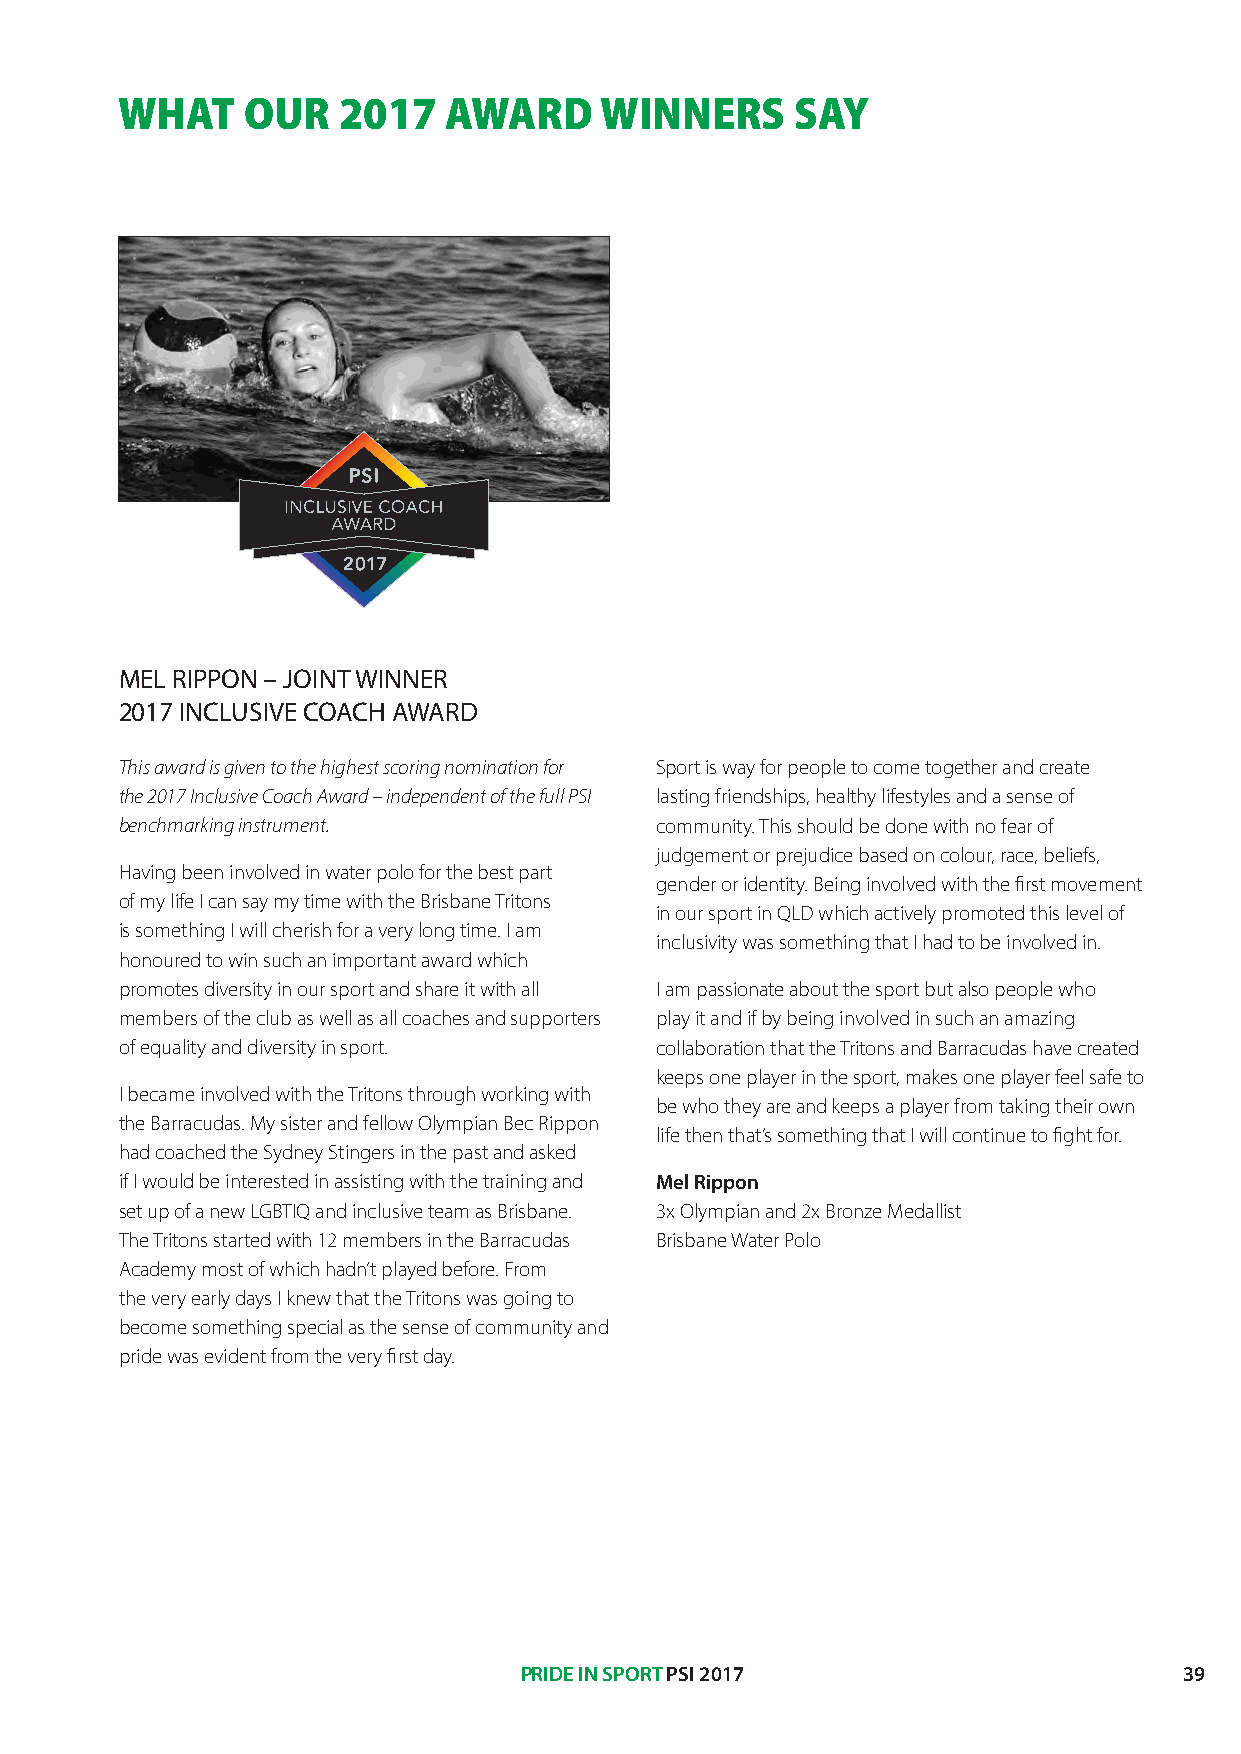
WHAT    OUR   2017   AWARD      WINNERS      SAY
 MEL RIPPON – JOINT WINNER
 2017 INCLUSIVE COACH AWARD
 This award is given to the highest scoring nomination for Sport is way for people to come together and create
 the 2017 Inclusive Coach Award – independent of the full PSI lasting friendships, healthy lifestyles and a sense of
 benchmarking instrument.           community. This should be done with no fear of
 judgement or prejudice based on colour, race, beliefs,
 Having been involved in water polo for the best part
 gender or identity. Being involved with the first movement
 of my life I can say my time with the Brisbane Tritons
 in our sport in QLD which actively promoted this level of
 is something I will cherish for a very long time. I am
 inclusivity was something that I had to be involved in.
 honoured to win such an important award which
 promotes diversity in our sport and share it with all I am passionate about the sport but also people who
 members of the club as well as all coaches and supporters play it and if by being involved in such an amazing
 of equality and diversity in sport. collaboration that the Tritons and Barracudas have created
 keeps one player in the sport, makes one player feel safe to
 I became involved with the Tritons through working with
 be who they are and keeps a player from taking their own
 the Barracudas. My sister and fellow Olympian Bec Rippon
 life then that’s something that I will continue to fight for.
 had coached the Sydney Stingers in the past and asked
 if I would be interested in assisting with the training and Mel Rippon
 set up of a new LGBTIQ and inclusive team as Brisbane. 3x Olympian and 2x Bronze Medallist
 The Tritons started with 12 members in the Barracudas Brisbane Water Polo
 Academy most of which hadn’t played before. From
 the very early days I knew that the Tritons was going to
 become something special as the sense of community and
 pride was evident from the very first day.
 PRIDE IN SPORT PSI 2017                     39